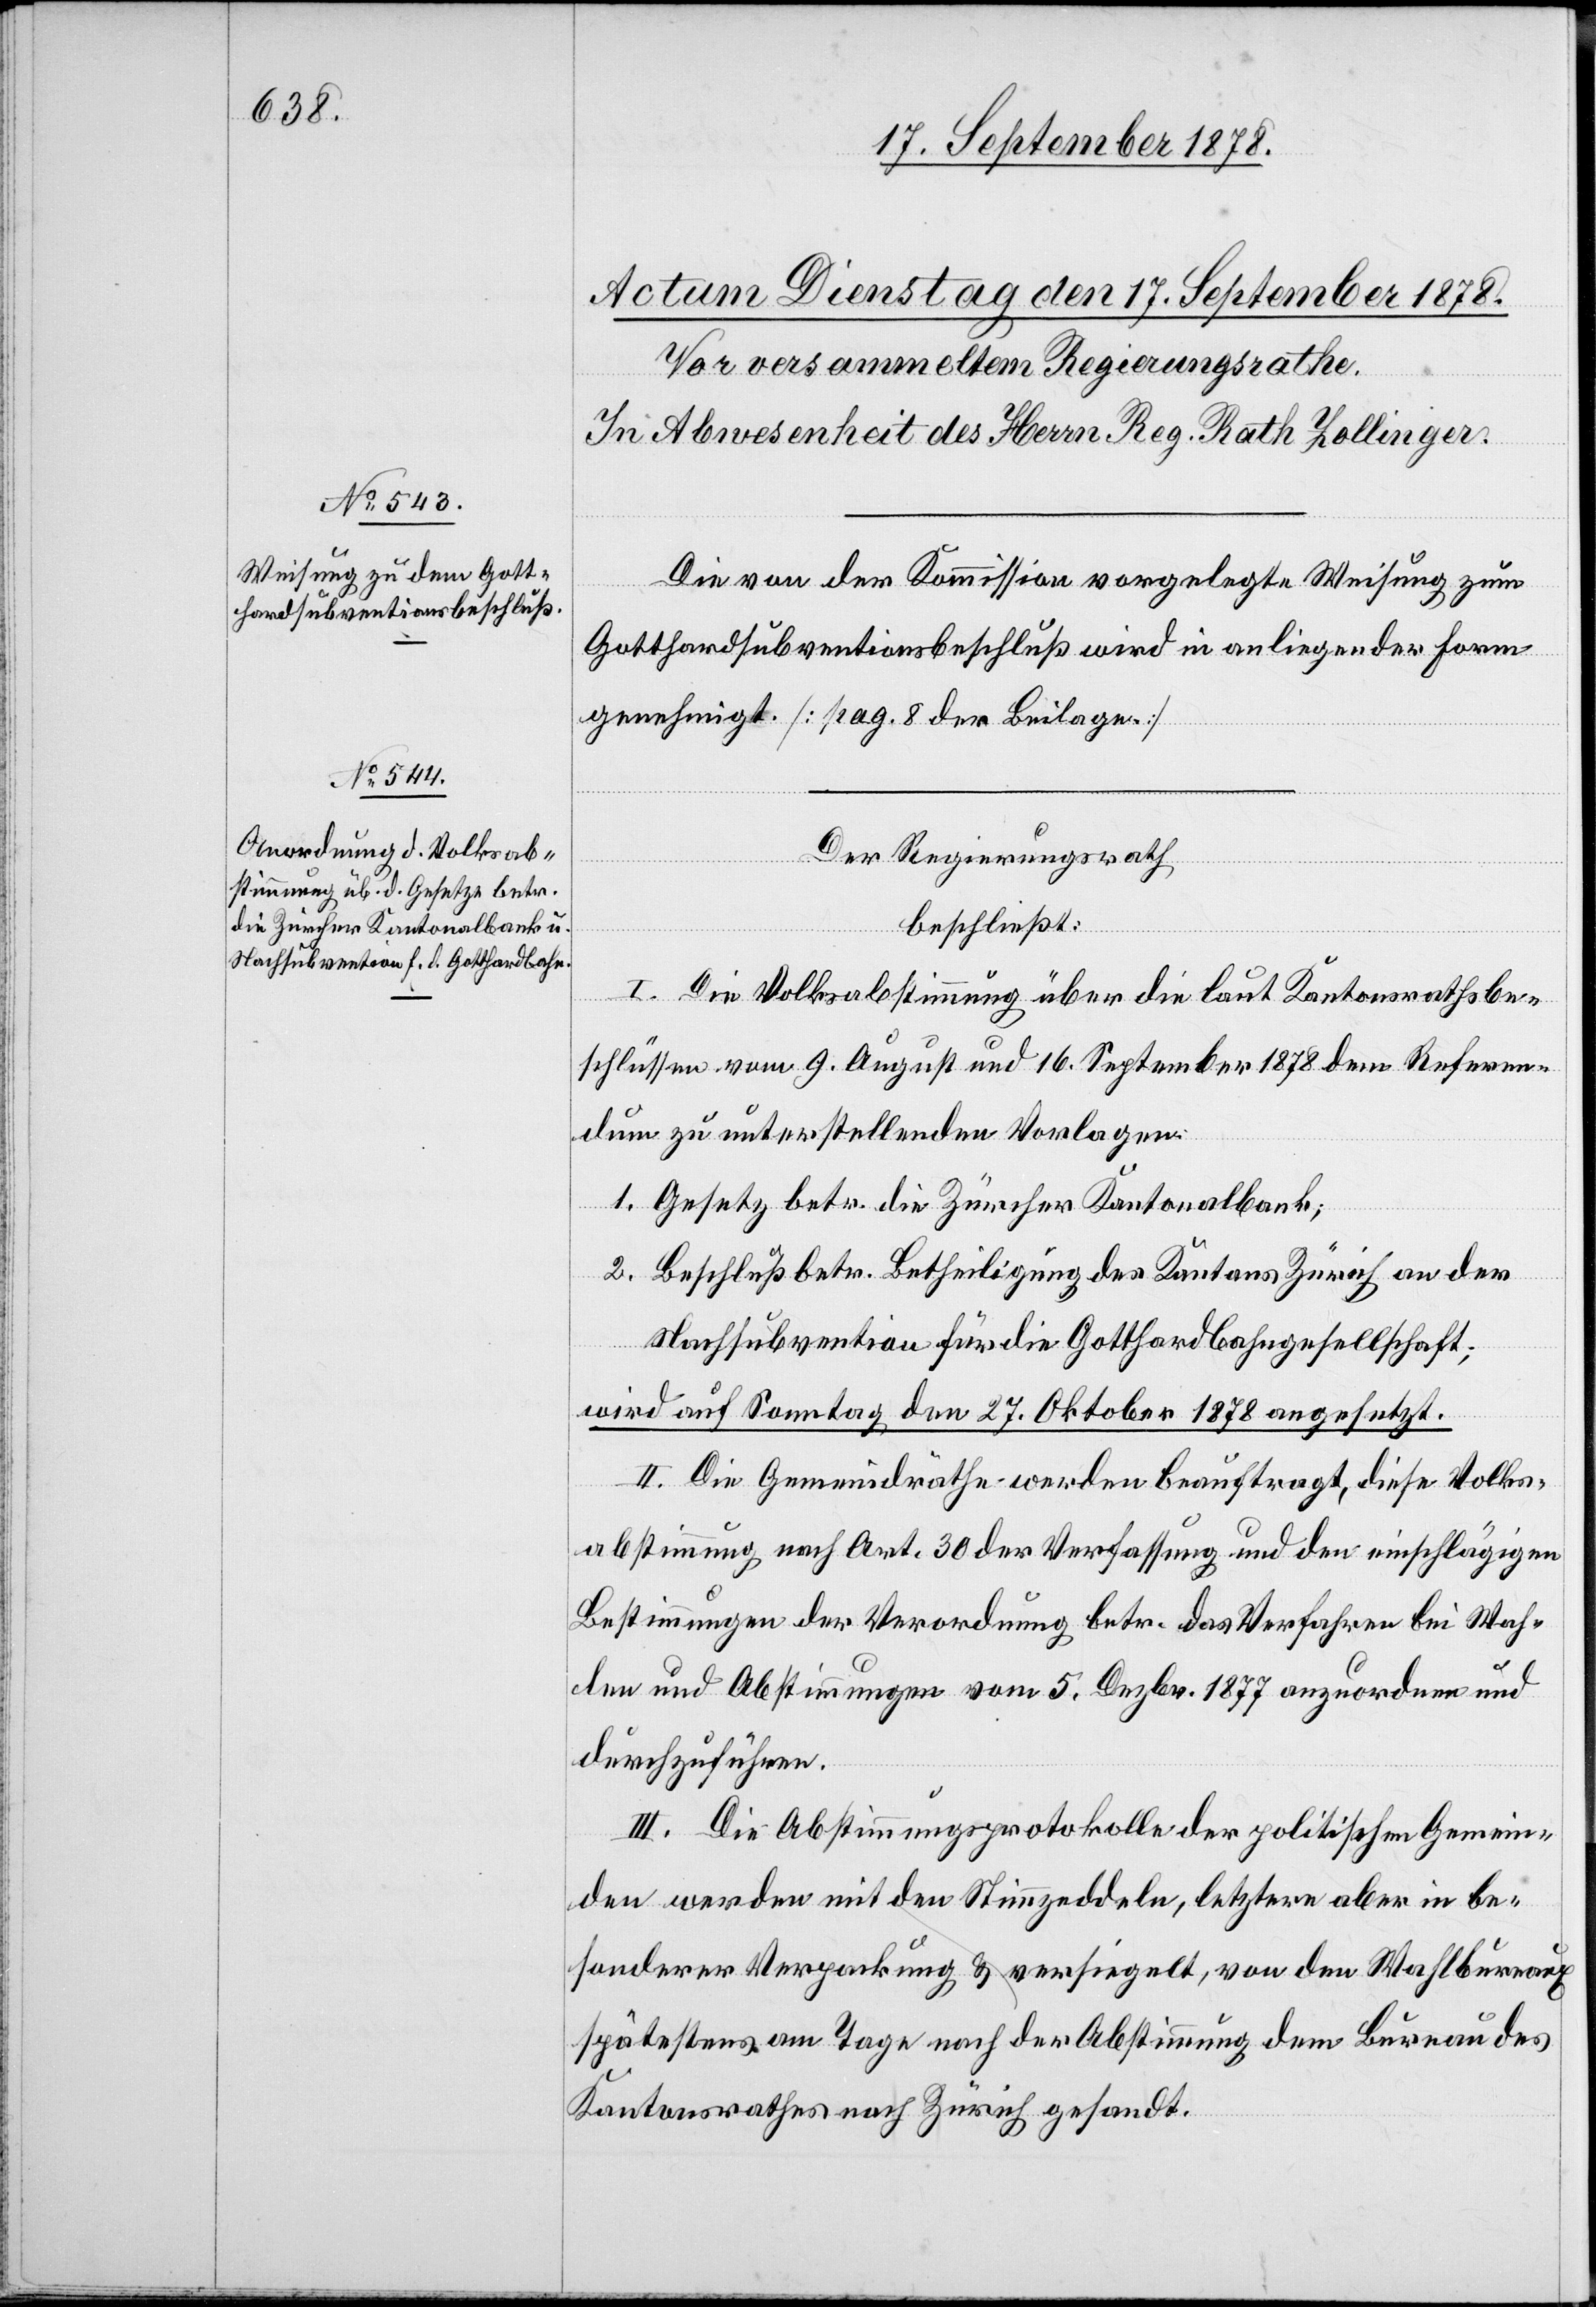
Die von der Kommission vorgelegte Weisung zum
Gotthardsubventionsbeschluß wird in anliegender Form
genehmigt. [pag. 8 der Beilage.]
Der Regierungsrath,
beschließt:
I. Die Volksabstimmung über die laut Kantonsrathsbe¬
schlüssen vom 9. August und 16. September 1878 dem Referen¬
dum zu unterstellenden Vorlagen:
1. Gesetz betr. die Zürcher Kantonalbank;
2. Beschluß betr. Betheiligung des Kantons Zürich an der
Nachsubvention für die Gotthardbahngesellschaft;
wird auf Sonntag den 27. Oktober 1878 angesetzt.
II. Die Gemeindräthe werden beauftragt, diese Volks¬
abstimmung nach Art. 30 der Verfassung und den einschlägigen
Bestimmungen der Verordnung betr. das Verfahren bei Wah¬
len und Abstimmungen vom 5. Dezbr. 1877 anzuordnen und
durchzuführen.
III. Die Abstimmungsprotokolle der politischen Gemein¬
den werden mit den Stimmzeddeln, letztere aber in be¬
sonderer Verpackung & versiegelt, von den Wahlbureaux
spätestens am Tage nach der Abstimmung dem Bureau des
Kantonsrathes nach Zürich gesandt.